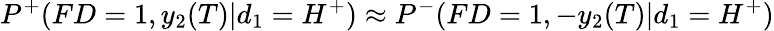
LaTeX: P^{+}(FD=1,y_{2}(T)|d_{1}=H^{+})\approx P^{-}(FD=1,-y_{2}(T)|d_{1}=H^{+})